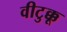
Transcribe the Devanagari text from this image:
वीटुक्कू